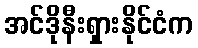
အင်ဒိုနီးရှားနိုင်ငံက